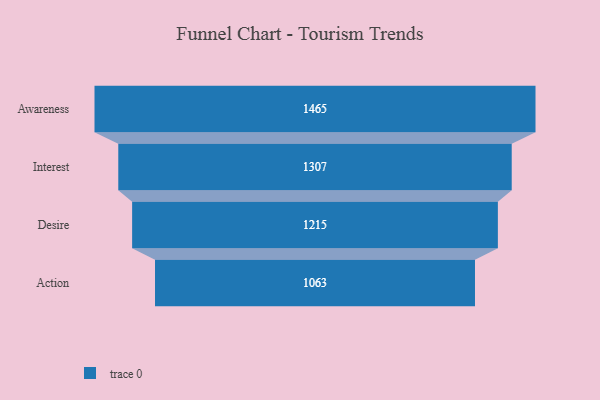
{"axis": {"x": "Stage", "y": "Value"}, "legend": [""], "data": [{"x": "Awareness", "y": 1465.0, "type": ""}, {"x": "Interest", "y": 1307.0, "type": ""}, {"x": "Desire", "y": 1215.0, "type": ""}, {"x": "Action", "y": 1063.0, "type": ""}]}